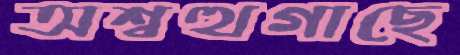
অশ্বত্থগাছে